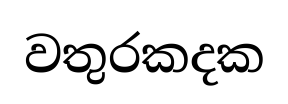
වතුරකදක